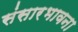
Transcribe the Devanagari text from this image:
संसारभावना